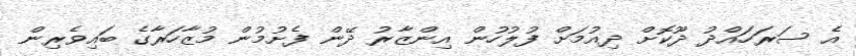
އެ ސަރަހައްދު ދޫކޮށް ދިއުމަށް ފުލުހުން އިންޒާރު ދޭން ފެށުމުން މުޒާހަރާގެ ބައިވެރިން